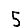
Digit: 5